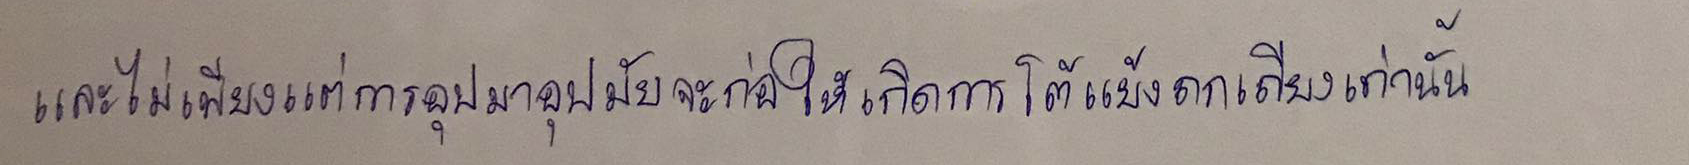
และไม่เพียงแต่การอุปมาอุปมัยจะก่อให้เกิดการโต้แย้งถกเถียงเท่านั้น